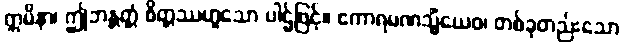
ဣမိနာ၊ ဤဘန္တတ္တံ စိတ္တဿဟူသော ပါဌ်ဖြင့်။ ဧကာရမဏသ္မိံယေဝ၊ တစ်ခုတည်းသော